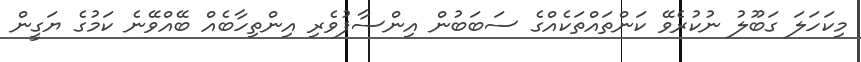
މިކަހަލަ ގަބޫލު ނުކުރެވޭ ކަންތައްތަކެއްގެ ސަބަބުން އިންސާފުވެރި އިންތިހާބެއް ބޭއްވޭނެ ކަމުގެ ޔަގީން